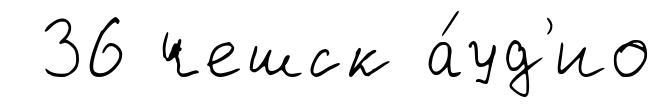
36 чешск а́уд'ио